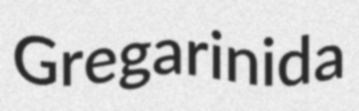
Gregarinida